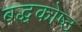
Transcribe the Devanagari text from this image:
बद्धकोष्ठ